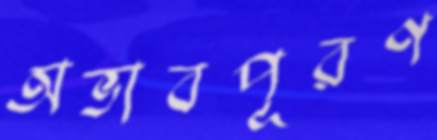
অভাবপূরণ